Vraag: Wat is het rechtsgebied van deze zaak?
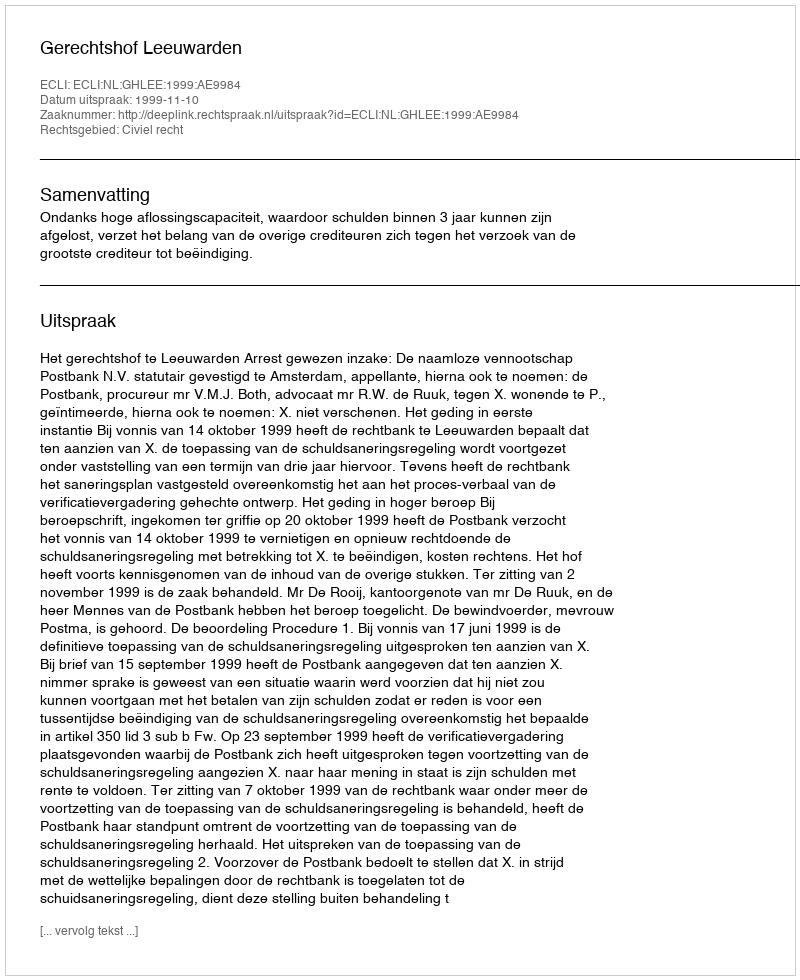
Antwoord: Civiel recht